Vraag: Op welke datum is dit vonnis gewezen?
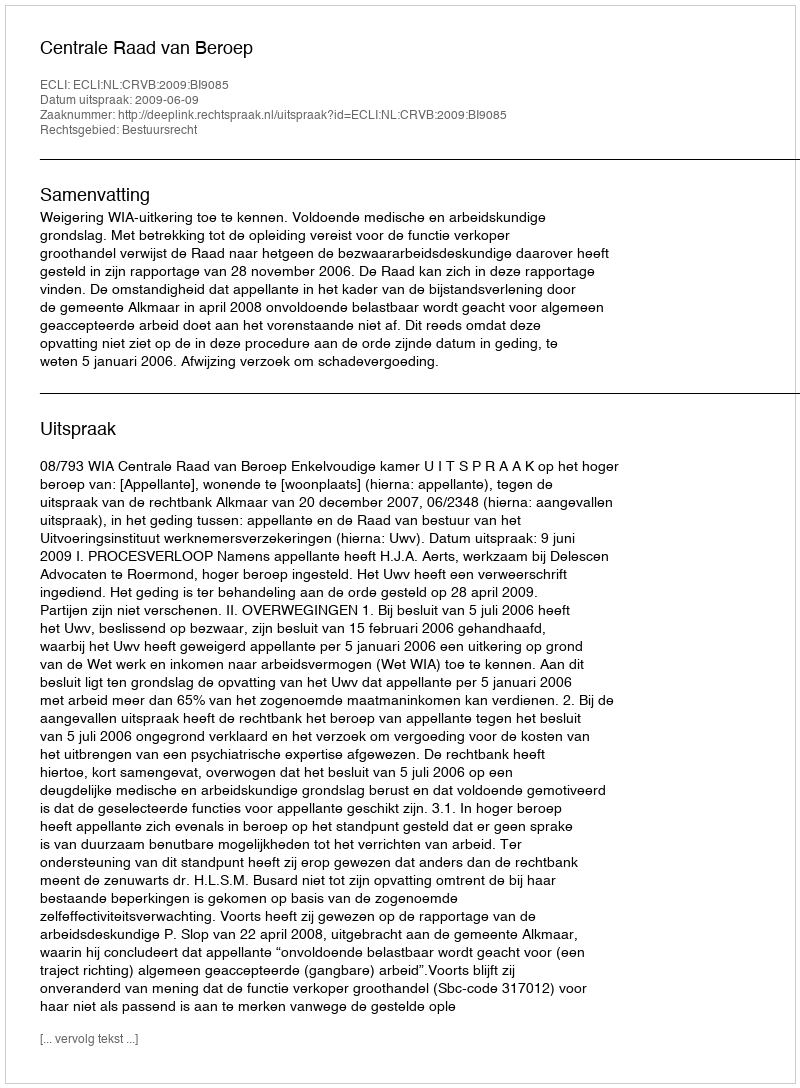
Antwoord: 2009-06-09